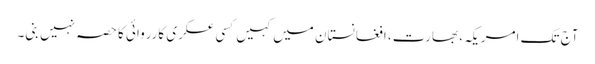
آج تک امریکہ، بھارت، افغانستان میں کہیں کسی عسکری کارروائی کا حصہ نہیں بنی۔